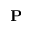
\mathbf { P }